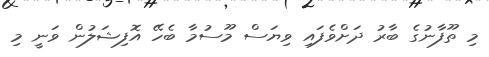
މި ތޫފާނުގެ ބާރު ދަށްވެފައި ވިޔަސް މޫސުމާ ބެހޭ އޮފިޝަލުން ވަނީ މި